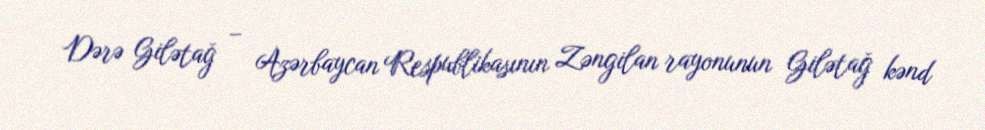
Dərə Gilətağ – Azərbaycan Respublikasının Zəngilan rayonunun Gilətağ kənd